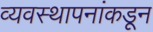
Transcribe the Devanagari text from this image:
व्यवस्थापनांकडून